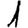
Digit: 1